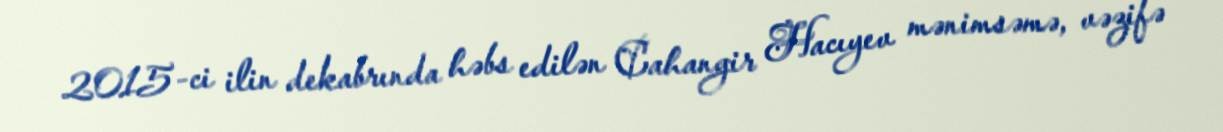
2015-ci ilin dekabrında həbs edilən Cahangir Hacıyev mənimsəmə, vəzifə